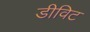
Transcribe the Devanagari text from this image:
डीविट